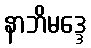
နာဘိမဒ္ဒေ